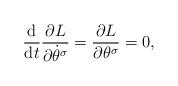
LaTeX: \begin{gather*} \frac{\mathrm{d}}{\mathrm{d}t} \frac{ \partial L }{ \partial \dot{\theta} ^\sigma } = \frac{ \partial L }{ \partial \theta ^\sigma } = 0,\end{gather*}